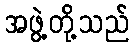
အဖွဲ့တို့သည်